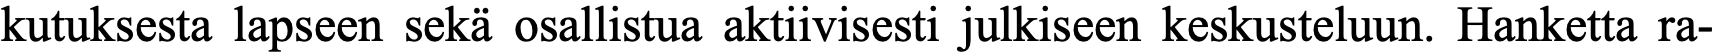
kutuksesta lapseen sekä osallistua aktiivisesti julkiseen keskusteluun. Hanketta ra-